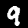
Label: 9